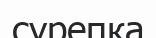
сурепка